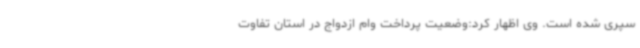
سپری شده است. وی اظهار کرد:وضعیت پرداخت وام ازدواج در استان تفاوت